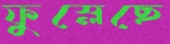
ফুস্‌লেছে